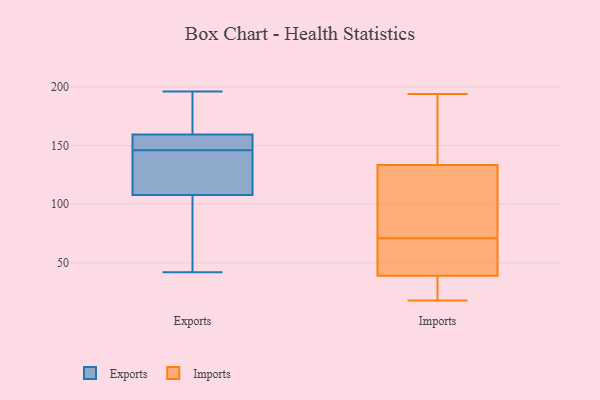
{"axis": {"x": "Humidity (%)", "y": "Value"}, "legend": ["Exports", "Imports"], "data": [{"x": "", "y": 119, "type": "Exports"}, {"x": "", "y": 153, "type": "Exports"}, {"x": "", "y": 146, "type": "Exports"}, {"x": "", "y": 55, "type": "Exports"}, {"x": "", "y": 160, "type": "Exports"}, {"x": "", "y": 107, "type": "Exports"}, {"x": "", "y": 110, "type": "Exports"}, {"x": "", "y": 158, "type": "Exports"}, {"x": "", "y": 184, "type": "Exports"}, {"x": "", "y": 42, "type": "Exports"}, {"x": "", "y": 196, "type": "Exports"}, {"x": "", "y": 56, "type": "Imports"}, {"x": "", "y": 39, "type": "Imports"}, {"x": "", "y": 139, "type": "Imports"}, {"x": "", "y": 132, "type": "Imports"}, {"x": "", "y": 128, "type": "Imports"}, {"x": "", "y": 194, "type": "Imports"}, {"x": "", "y": 35, "type": "Imports"}, {"x": "", "y": 71, "type": "Imports"}, {"x": "", "y": 139, "type": "Imports"}, {"x": "", "y": 63, "type": "Imports"}, {"x": "", "y": 34, "type": "Imports"}, {"x": "", "y": 134, "type": "Imports"}, {"x": "", "y": 18, "type": "Imports"}, {"x": "", "y": 39, "type": "Imports"}, {"x": "", "y": 117, "type": "Imports"}]}